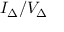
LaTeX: I _ { \Delta } / V _ { \Delta }